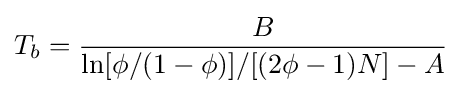
T_{b}={\frac {B}{\ln[\phi /(1-\phi )]/[(2\phi -1)N]-A}}